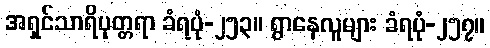
အရှင်သာရိပုတ္တရာ ခံရပုံ-၂၅၃။ ရွာနေလူများ ခံရပုံ-၂၅၇။